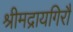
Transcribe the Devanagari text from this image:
श्रीमद्रायगिरौ